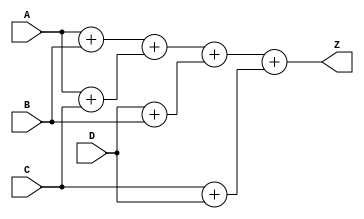
module add (
  input         [63:0] A,
  input         [63:0] B,
  input  signed [63:0] C,
  input  signed [63:0] D,
  output signed [63:0] Z
);

  wire [63:0] U,W,X,Y;

  assign U = A + B; // uns + uns
  assign W = A + C; // uns + sig
  assign X = D + B; // sig + uns
  assign Y = C + D; // sig + sig

  assign Z = U + W + X + Y;

endmodule